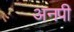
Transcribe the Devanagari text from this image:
अनपी